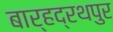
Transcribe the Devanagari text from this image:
बार्हद्रथपुर